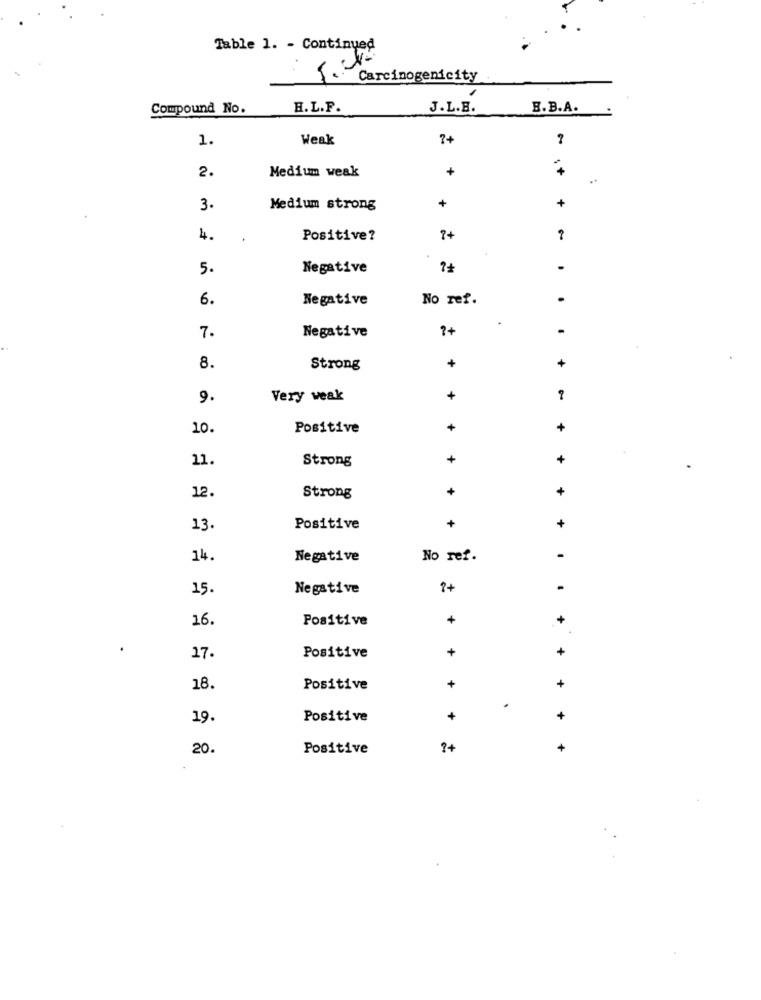
Table 1. - Continued
Carcinogenicity
Compound No.
H.L.F.
J.L.B.
B.B.A.
1.
Weak
7+
2.
Medium weak
+
+
+
3.
Medium strong
4.
Positive?
7+
5.
Negative
-
6.
Negative
No ref.
Negative
?+
7.
+
8.
Strong
+
9.
Very weak
+
10.
Positive
+
+
11.
Strong
+
+
12.
+
+
Strong
+
13.
Positive
+
14.
Negative
No ref.
15.
Negative
.
16.
Positive
+
+
+
+
17.
Positive
18.
Positive
+
+
.
19.
Positive
+
+
20.
Positive
?+
+